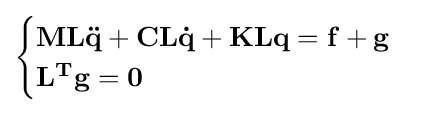
{\begin{cases}\mathbf {ML{\ddot {q}}+CL{\dot {q}}+KLq=f+g} \\\mathbf {L^{T}g=0} \end{cases}}